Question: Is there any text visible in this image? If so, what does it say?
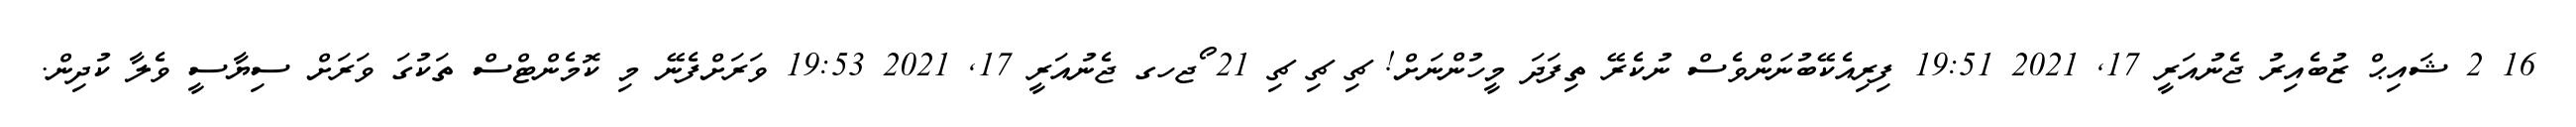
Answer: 16 2 ޝައިޙް ޒުބެއިރު ޖެނުއަރީ 17, 2021 19:51 ފިރިއެކޭބުނަންވެސް ނުކެރޭ ތިފަދަ މީހުންނަށް! ޗި ޗި ޗި 21 ޯޖހގ ޖެނުއަރީ 17, 2021 19:53 ވަރަށްފެނޭ މި ކޮމެންޓްސް ތަކުގަ ވަރަށް ސިޔާސީ ވެލާ ކުދިން.